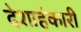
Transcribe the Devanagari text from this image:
देशाहंकारी